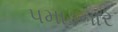
પમાડનાર